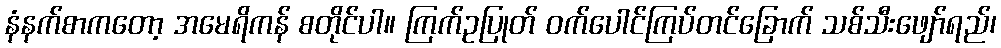
နံနက်စာကတော့ အမေရိကန် စတိုင်ပါ။ ကြက်ဥပြုတ် ဝက်ပေါင်ကြပ်တင်ခြောက် သစ်သီးဖျော်ရည်၊